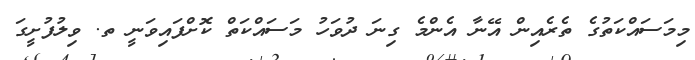
މިމަސައްކަތުގެ ތެރެއިން އޭނާ އެންމެ ގިނަ ދުވަހު މަސައްކަތް ކޮށްފައިވަނީ ތ. ވިލުފުށީގަ